Civil Veterinary Dept. North-West Frontier Province 1901-22 - 1901-1922
Year: 1901
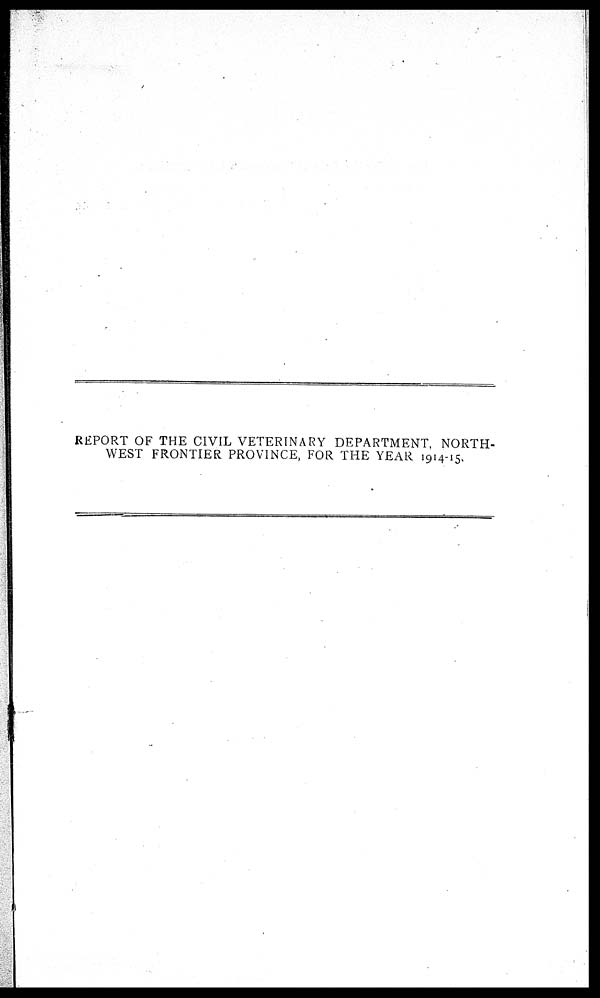
REPORT OF THE CIVIL VETERINARY DEPARTMENT, NORTH-
WEST FRONTIER PROVINCE, FOR THE YEAR 1914-15.